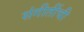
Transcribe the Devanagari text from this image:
संगीतींची